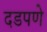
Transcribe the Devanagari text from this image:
दडपणे